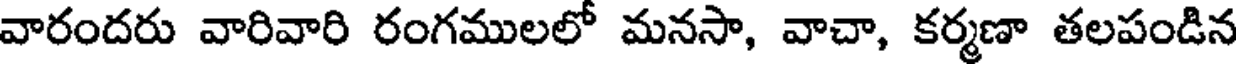
వారందరు వారివారి రంగములలో మనసా, వాచా, కర్మణా తలపండిన